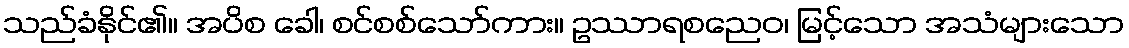
သည်ခံနိုင်၏။ အပိစ ခေါ၊ စင်စစ်သော်ကား။ ဥဿာရစညေဝ၊ မြင့်သော အသံများသော